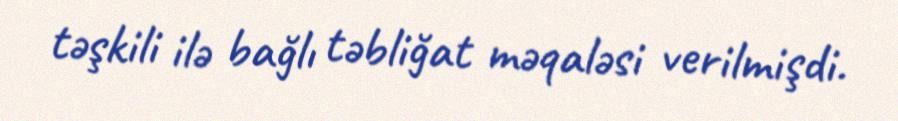
təşkili ilə bağlı təbliğat məqaləsi verilmişdi.